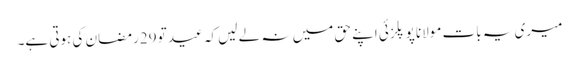
میری یہ بات مولانا پوپلزئی اپنے حق میں نہ لے لیں کہ عید تو 29رمضان کی ہوتی ہے۔